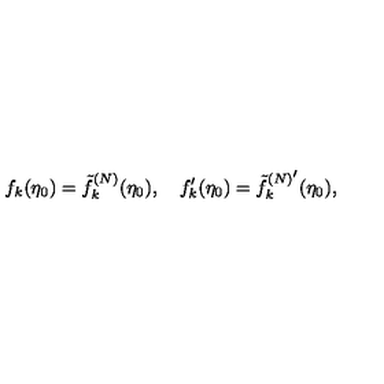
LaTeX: f _ { k } ( \eta _ { 0 } ) = \tilde { f } _ { k } ^ { ( N ) } ( \eta _ { 0 } ) , \quad f _ { k } ^ { \prime } ( \eta _ { 0 } ) = { \tilde { f } _ { k } ^ { ( N ) ^ { \scriptstyle \prime } } } ( \eta _ { 0 } ) ,